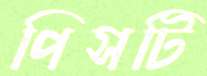
পিসটি